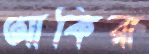
আকিরা